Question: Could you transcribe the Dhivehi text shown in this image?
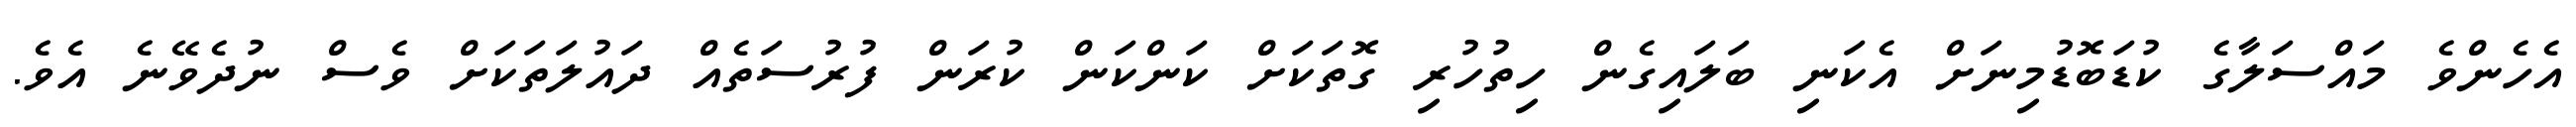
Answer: އެހެންވެ މައްސަލާގެ ކުޑަބޮޑުމިނަށް އެކަނި ބަލައިގެން ހިތުހުރި ގޮތަކަށް ކަންކަން ކުރަން ފުރުސަތެއް ދައުލަތަކަށް ވެސް ނުދެވޭނެ އެވެ.